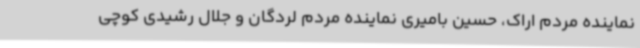
نماینده مردم اراک، حسین بامیری نماینده مردم لردگان و جلال رشیدی کوچی